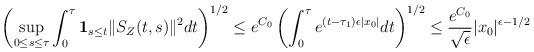
LaTeX: \begin{align*}\begin{aligned}\left(\sup_{0 \le s \le \tau}\int_0^\tau \mathbf{1}_{s\le t} \|S_{Z}(t,s)\|^2 dt \right)^{1/2} \le e^{C_0} \left(\int_0^{\tau} e^{(t-\tau_1) \epsilon |x_0|}dt\right)^{1/2} \le \frac{e^{C_0}}{\sqrt{\epsilon}} |x_0|^{\epsilon - 1/2}\end{aligned}\end{align*}